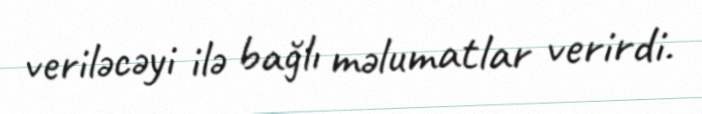
veriləcəyi ilə bağlı məlumatlar verirdi.